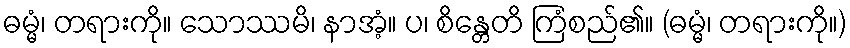
ဓမ္မံ၊ တရားကို။ သောဿမိ၊ နာအံ့။ ပ၊ စိန္တေတိ ကြံစည်၏။ (ဓမ္မံ၊ တရားကို။)